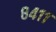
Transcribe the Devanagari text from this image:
८४११